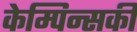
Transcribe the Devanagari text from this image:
केम्पिन्सकी